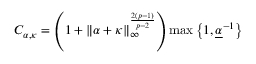
C _ { \alpha , \kappa } = \left( 1 + \| \alpha + \kappa \| _ { \infty } ^ { \frac { 2 ( p - 1 ) } { p - 2 } } \right) \operatorname* { m a x } \left\lbrace 1 , \underline { { \alpha } } ^ { - 1 } \right\rbrace